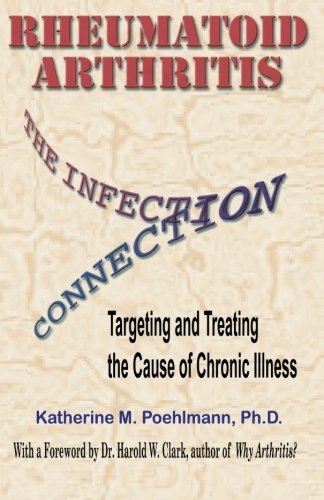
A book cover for Rheumatoid Arthritis: The Infection Connection {Targeting and Treating the Cause of Chronic Illness}; Dr Katherine M Poehlmann PhD; Health, Fitness & Dieting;